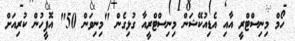
ހޯމް މިނިސްޓްރީ އާއި އެޑިއުކޭޝަން މިނިސްޓްރީއާ ގުޅިގެން "މިނިވަން 50" އޮފީހުން ކުރިއަށް